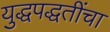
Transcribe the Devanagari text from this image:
युद्धपद्धतींचा